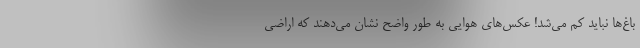
باغ‌ها نباید کم می‌شد! عکس‌های هوایی به طور واضح نشان می‌دهند که اراضی